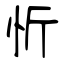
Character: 忻